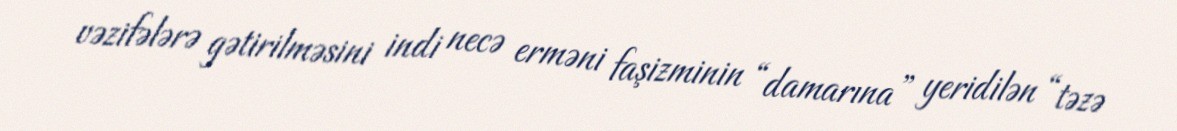
vəzifələrə gətirilməsini indi necə erməni faşizminin “damarına” yeridilən “təzə